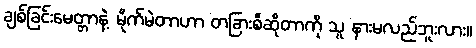
ချစ်ခြင်းမေတ္တာနဲ့ မိုက်မဲတာဟာ တခြားစီဆိုတာကို သူ နားမလည်ဘူးလား။